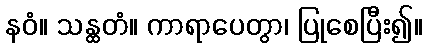
နဝံ။ သန္ထတံ။ ကာရာပေတွာ၊ ပြုစေပြီး၍။